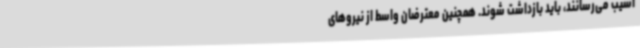
آسیب می‌رسانند، باید بازداشت شوند. همچنین معترضان واسط از نیروهای